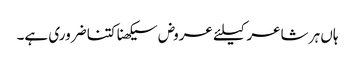
ہاں ہر شاعر کیلئے عروض سیکھنا کتنا ضروری ہے۔